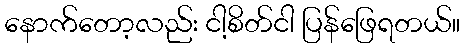
နောက်တော့လည်း ငါ့စိတ်ငါ ပြန်ဖြေရတယ်။